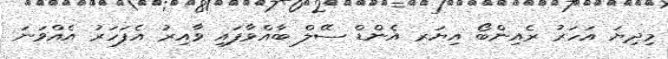
މިދިޔަ އަހަރު ރެއިންބޯ އިޔަރ އެންޑް ސޭލް ބާއްވާފައި ވާއިރު އެފަހަރު އެއްވަނަ